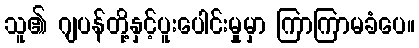
သူ၏ ဂျပန်တို့နှင့်ပူးပေါင်းမှုမှာ ကြာကြာမခံပေ။